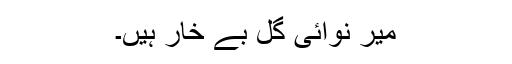
میر نوائی گُلِ بے خار ہیں۔